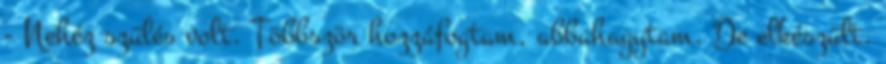
- Nehéz szülés volt. Többször hozzáfogtam, abbahagytam. De elkészült.